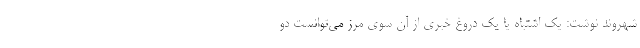
شهروند نوشت: یک اشتباه یا یک دروغ خبری از آن سوی مرز می‌توانست دو